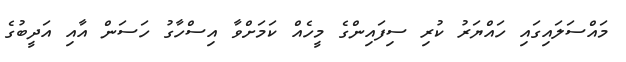
މައްސަލައިގައި ހައްޔަރު ކުރި ސިފައިންގެ މީހެއް ކަމަށްވާ އިސްހާގު ހަސަން އާއި އަދީބުގެ